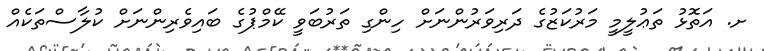
ށ. އަތޮޅު ތަޢުލީމީ މަރުކަޒުގެ ދަރިވަރުންނަށް ހިންގި ތަރުބަވީ ކޭމްޕުގެ ބައިވެރިންނަށް ކުލާސްތަކެއް